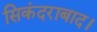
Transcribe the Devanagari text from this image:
सिकंदराबाद।